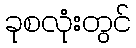
ခုစလုံးတွင်